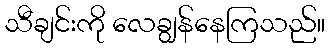
သီချင်းကို လေချွန်နေကြသည်။